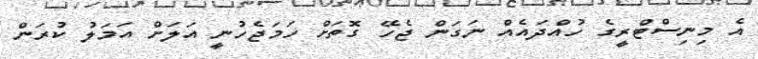
އެ މިނިސްޓްރީގެ ހުއްދައެއް ނަގަން ޖެހޭ ގޮތަށް ހަމަޖެހުނީ އަލަށް އަމަލު ކުރަން